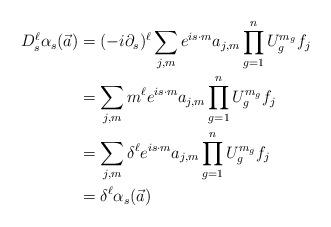
LaTeX: \begin{align*}D_s^{\ell}\alpha_s(\vec{a})&=(-i\partial_s)^{\ell}\sum_{j,m}e^{is\cdot m}a_{j,m}\prod_{g=1}^nU_g^{m_g}f_j \\&=\sum_{j,m}m^{\ell}e^{is\cdot m}a_{j,m}\prod_{g=1}^nU_g^{m_g}f_j \\&=\sum_{j,m}\delta^{\ell}e^{is\cdot m}a_{j,m}\prod_{g=1}^nU_g^{m_g}f_j \\&=\delta^{\ell}\alpha_s(\vec{a})\end{align*}